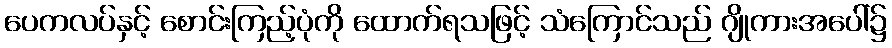
ပေကလပ်နှင့် စောင်းကြည့်ပုံကို ထောက်ရသဖြင့် သံကြောင်သည် ဂျိုကားအပေါ်၌